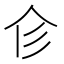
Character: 𢒃